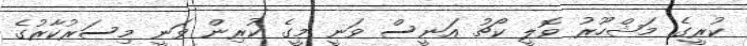
ކުރީގެ މަޝްހޫރު ވޮލީ ކޯޗު އަނީސް ވަނީ މީގެ ކުރިން ވަނީ މިސަރުކާރުގެ